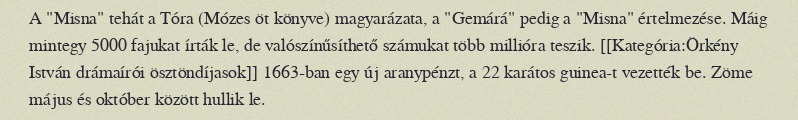
A "Misna" tehát a Tóra (Mózes öt könyve) magyarázata, a "Gemárá" pedig a "Misna" értelmezése. Máig mintegy 5000 fajukat írták le, de valószínűsíthető számukat több millióra teszik. [[Kategória:Örkény István drámaírói ösztöndíjasok]] 1663-ban egy új aranypénzt, a 22 karátos guinea-t vezették be. Zöme május és október között hullik le.